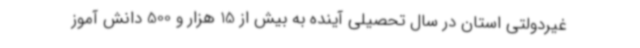
غیردولتی استان در سال تحصیلی آینده به بیش از 15 هزار و 500 دانش آموز